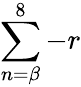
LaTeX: \sum\limits_{n=\beta}^{8}-r